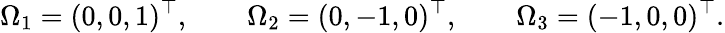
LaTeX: \Omega_{1}=(0,0,1)^{\top},\qquad\Omega_{2}=(0,-1,0)^{\top},\qquad\Omega_{3}=(-1,0,0)^{\top}.